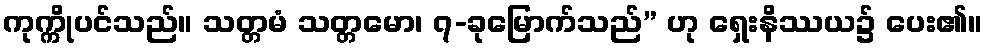
ကုက္ကိုပင်သည်။ သတ္တမံ သတ္တမော၊ ၇-ခုမြောက်သည်” ဟု ရှေးနိဿယ၌ ပေး၏။